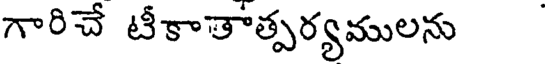
గారిచే టీకాతాత్పర్యములను